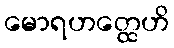
မောရဟတ္ထေဟိ